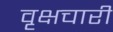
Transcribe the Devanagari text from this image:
वृक्षचारी